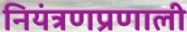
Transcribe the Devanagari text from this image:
नियंत्रणप्रणाली